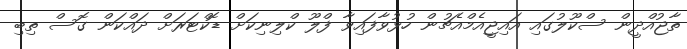
ތާޖުއްދީން ސްކޫލުގައި އައިޖީއެމްއެޗުން ހުޅުވާފައިވާ ފްލޫ ކްލިނިކަށް ޑޮކްޓަރަށް ދައްކަން ގޮސް ތިބި